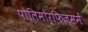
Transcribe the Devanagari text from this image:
पोलिमोर्फ़िज्ममें